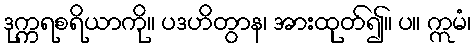
ဒုက္ကရစရိယာကို။ ပဒဟိတွာန၊ အားထုတ်၍။ ပ။ ဣမံ၊